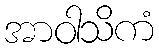
အာဝါသိကံ